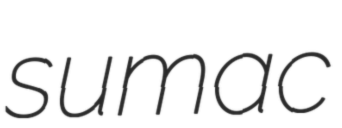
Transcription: sumac